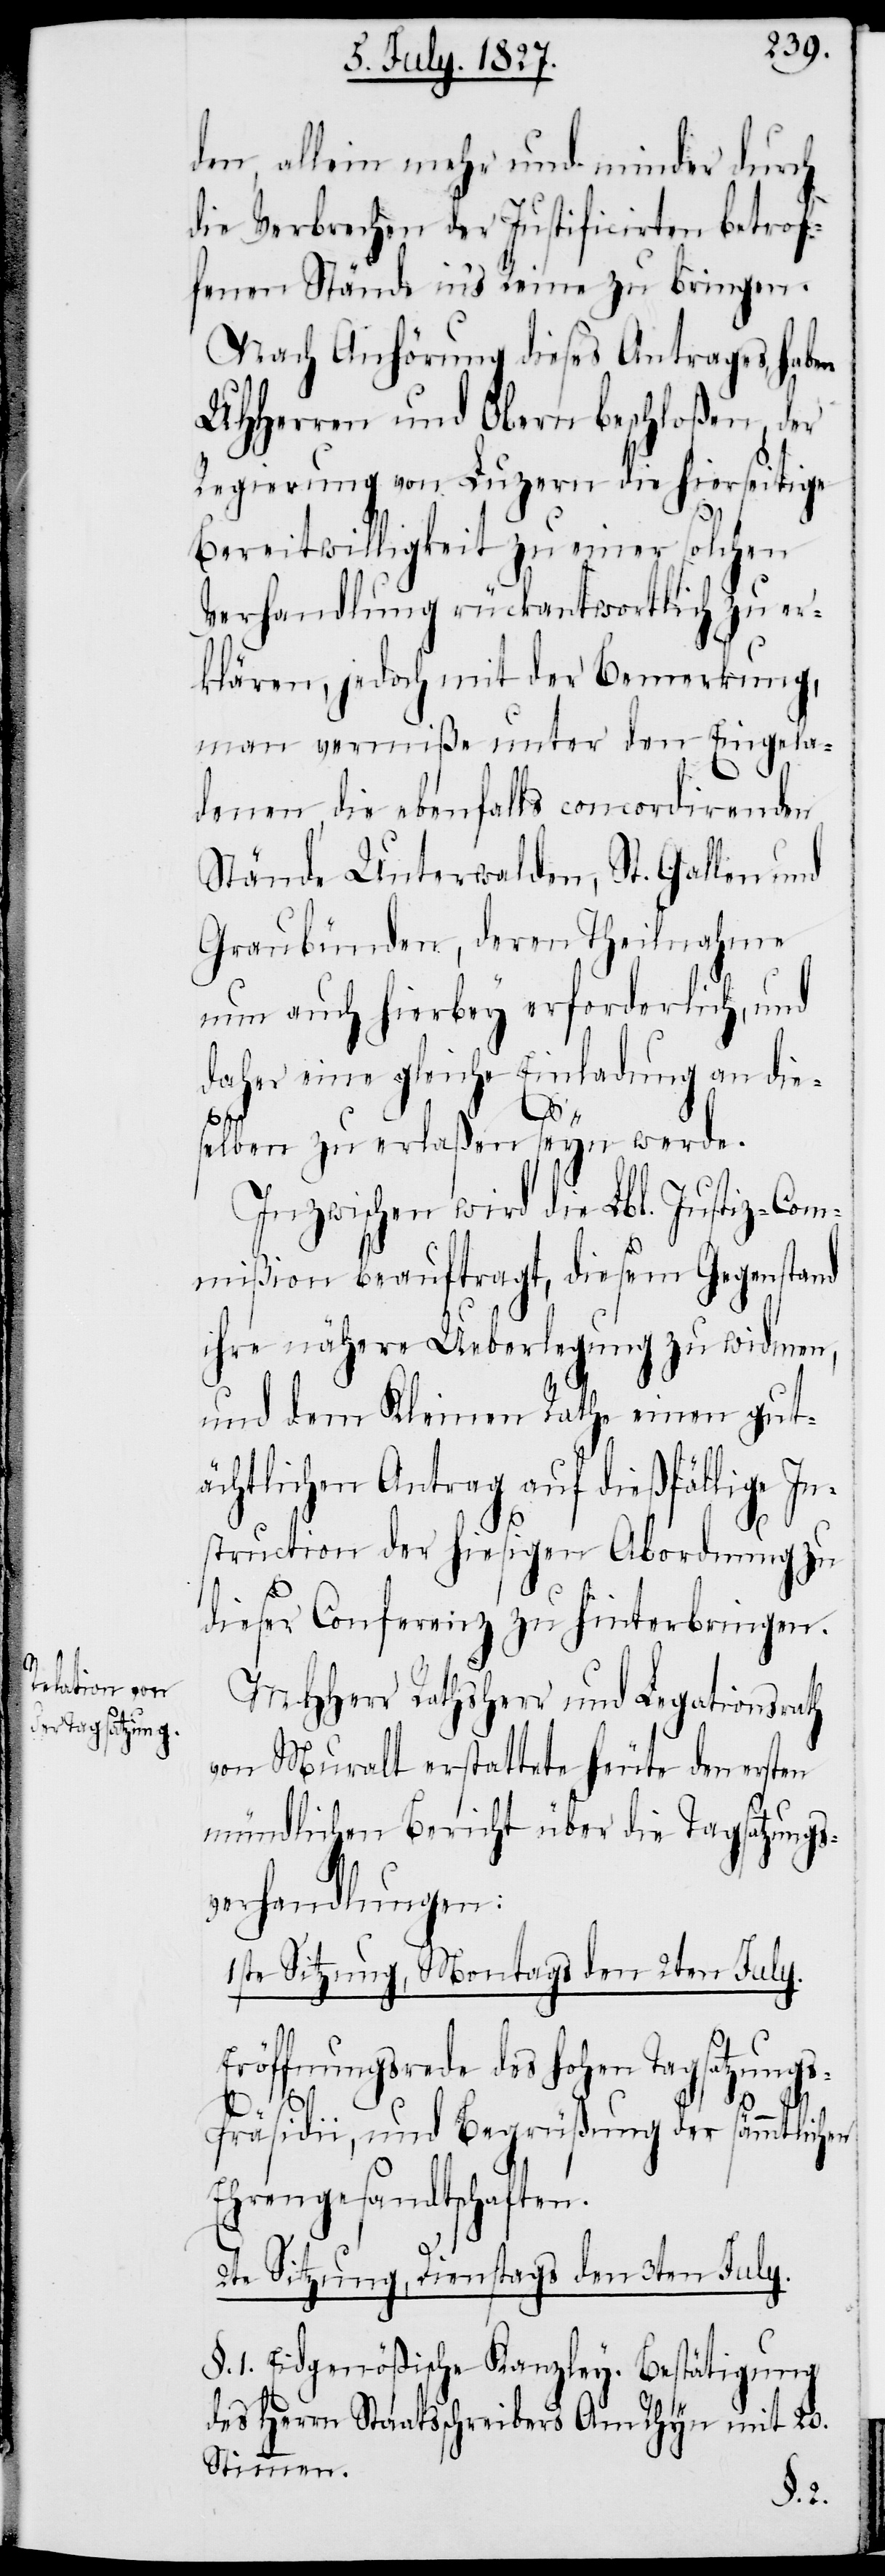
den, allein mehr und minder durch
die Verbrechen der Justificirten betrof¬
fenen Stände in’s Reine zu bringen.
Nach Anhörung dieses Antrages, haben
UHHerren und Obern beschloßen, der
Regierung von Luzern die hierseitige
Bereitwilligkeit zu einer solchen
Verhandlung rückantwortlich zu er¬
klären, jedoch mit der Bemerkung,
man vermiße unter den Eingela¬
denen, die ebenfalls concordirenden
Stände Unterwalden, St. Gallen und
Graubünden, deren Theilnahme
nun auch hierbey erforderlich, und
daher eine gleiche Einladung an dies¬
elben zu erlaßen seyn werde.
Inzwischen wird die Lbl. Justiz-Com¬
mißion beauftragt, diesem Gegenstand
ihre nähere Ueberlegung zu widmen,
und dem Kleinen Rathe einen gut¬
ächtlichen Antrag auf dießfällige In¬
struction der hiesigen Abordnung zu
dieser Conferenz zu hinterbringen.
MHHerr Rathsherr und Legationsrath
von Muralt erstattete heute den ersten
mündlichen Bericht über die Tagsatzungs¬
verhandlungen:
1ste Sitzung, Montags den 2ten July.
Eröffnungsrede des hohen Tagsatzung¬
s-Präsidii, und Begrüßung der sämmtlichen
Ehrengesandtschaften.
2te Sitzung, Dienstags den 3ten July.
§. 1. Eidgenößische Kanzley-Bestätigung
des Herrn Staatsschreibers Am Rhyn mit 20.
Stimmen.